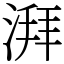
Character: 湃